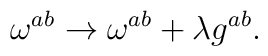
\omega ^{ab} \rightarrow \omega^{ab}+\lambda g^{ab}.